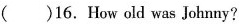
()16. How old was Johnny?